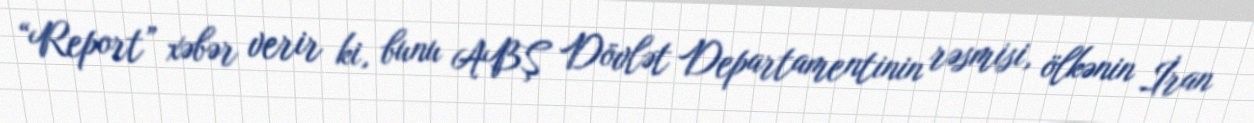
“Report” xəbər verir ki, bunu ABŞ Dövlət Departamentinin rəsmisi, ölkənin İran